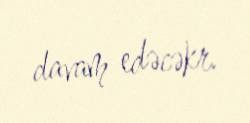
davam edəcəkr.